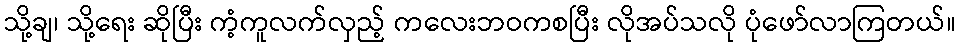
သို့ချ၊ သို့ရေး ဆိုပြီး ကံ့ကူလက်လှည့် ကလေးဘဝကစပြီး လိုအပ်သလို ပုံဖော်လာကြတယ်။